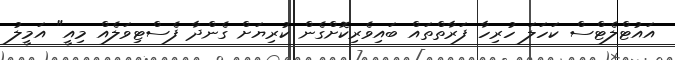
އައުޓްލެޓްސް ކަހަލަ ހުރިހާ ފަރާތްތައް ބައިވެރިކޮށްގެން ކުރިޔަށް ގެންދާ ފެސްޓިވަލެއް މިއީ" އަމީލު